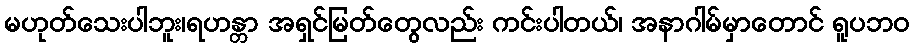
မဟုတ်သေးပါဘူး၊ရဟန္တာ အရှင်မြတ်တွေလည်း ကင်းပါတယ်၊ အနာဂါမ်မှာတောင် ရူပဘဝ